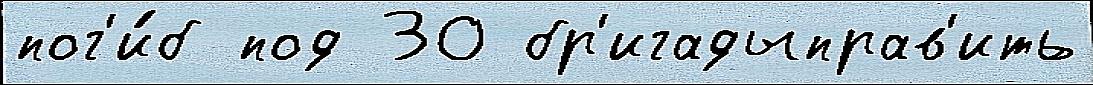
пог'и́б под 30 бр'игадыправ'ить